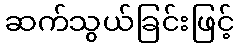
ဆက်သွယ်ခြင်းဖြင့်